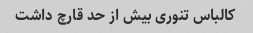
کالباس تنوری بیش از حد قارچ داشت